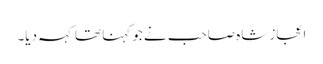
اعجاز شاہ صاحب نے جو کہنا تھا کہہ دیا۔